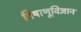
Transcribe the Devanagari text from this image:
विषाणूविज्ञान